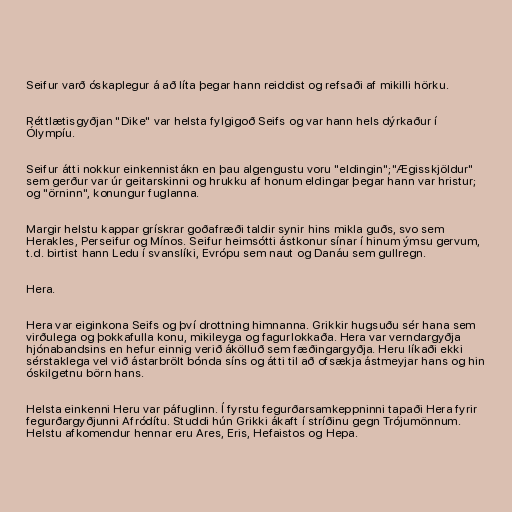
Seifur varð óskaplegur á að líta þegar hann reiddist og refsaði af mikilli hörku.

Réttlætisgyðjan "Dike" var helsta fylgigoð Seifs og var hann hels dýrkaður í
Ólympíu.

Seifur átti nokkur einkennistákn en þau algengustu voru "eldingin";"Ægisskjöldur"
sem gerður var úr geitarskinni og hrukku af honum eldingar þegar hann var hristur;
og "örninn", konungur fuglanna.

Margir helstu kappar grískrar goðafræði taldir synir hins mikla guðs, svo sem
Herakles, Perseifur og Mínos. Seifur heimsótti ástkonur sínar í hinum ýmsu gervum,
t.d. birtist hann Ledu í svanslíki, Evrópu sem naut og Danáu sem gullregn.

Hera.

Hera var eiginkona Seifs og því drottning himnanna. Grikkir hugsuðu sér hana sem
virðulega og þokkafulla konu, mikileyga og fagurlokkaða. Hera var verndargyðja
hjónabandsins en hefur einnig verið ákölluð sem fæðingargyðja. Heru líkaði ekki
sérstaklega vel við ástarbrölt bónda síns og átti til að ofsækja ástmeyjar hans og hin
óskilgetnu börn hans.

Helsta einkenni Heru var páfuglinn. Í fyrstu fegurðarsamkeppninni tapaði Hera fyrir
fegurðargyðjunni Afródítu. Studdi hún Grikki ákaft í stríðinu gegn Trójumönnum.
Helstu afkomendur hennar eru Ares, Eris, Hefaistos og Hepa.